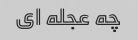
چه عجله ای